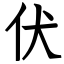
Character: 伏